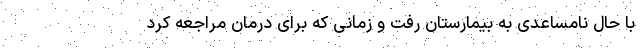
با حال نامساعدی به بیمارستان رفت و زمانی که برای درمان مراجعه کرد